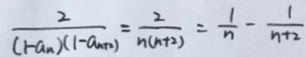
\frac { 2 } { ( 1 - a _ { n } ) ( 1 - a _ { n + 2 } ) } = \frac { 2 } { n ( n + 2 ) } = \frac { 1 } { n } - \frac { 1 } { n + 2 }